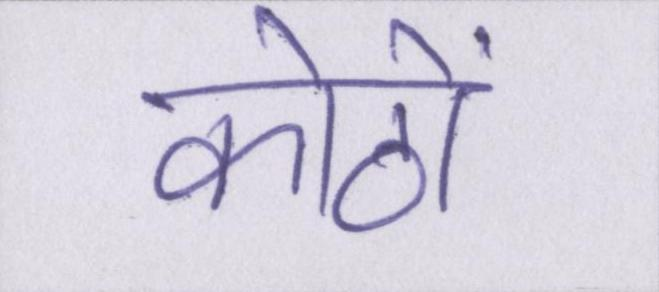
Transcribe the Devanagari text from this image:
कोठों